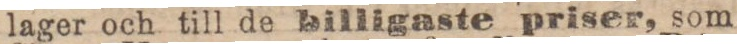
lager och till de billigaste priser, som